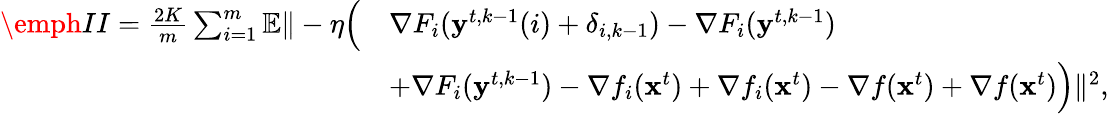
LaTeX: \begin{array}{rl}{\emph{II}=\frac{2K}{m}\sum_{i=1}^{m}\mathbb{E}\| -\eta\Big(}&{\nabla F_{i}(\mathbf{y}^{t,k-1}(i)+\delta_{i,k-1})-\nabla F_{i}(\mathbf{y}^{t,k-1})}\\ &{+\nabla F_{i}(\mathbf{y}^{t,k-1})-\nabla f_{i}(\mathbf{x}^{t})+\nabla f_{i}(\mathbf{x}^{t})-\nabla f(\mathbf{x}^{t})+\nabla f(\mathbf{x}^{t})\Big)\| ^{2},}\end{array}